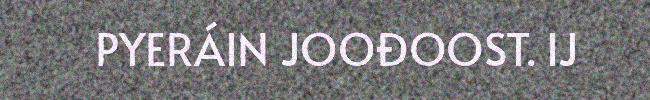
PYERÁIN JOOĐOOST. IJ